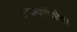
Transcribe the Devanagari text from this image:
लोकपरंपरेचा